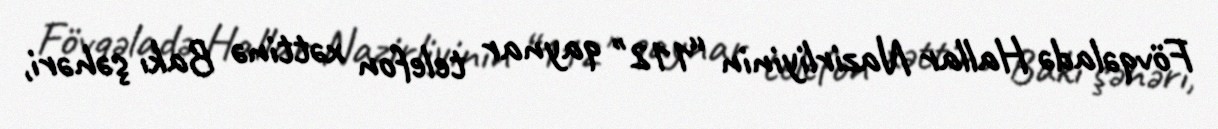
Fövqəladə Hallar Nazirliyinin “112" qaynar telefon xəttinə Bakı şəhəri,